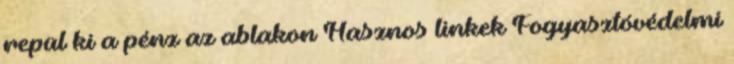
repül ki a pénz az ablakon Hasznos linkek Fogyasztóvédelmi